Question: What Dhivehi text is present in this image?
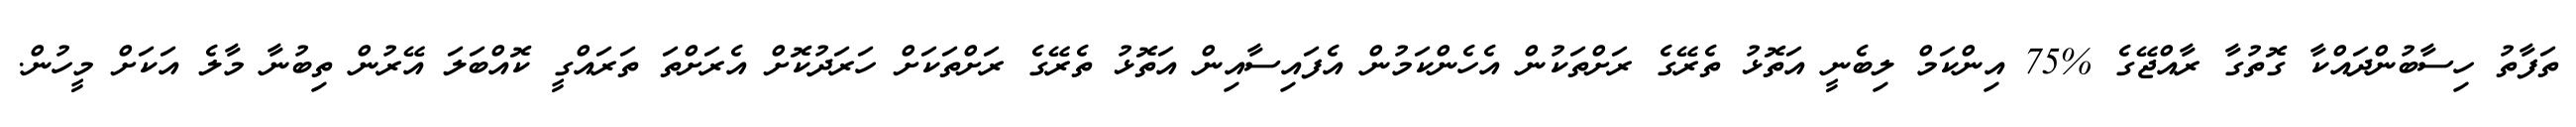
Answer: ތަފާތު ހިސާބުންދައްކާ ގޮތުގާ ރާއްޖޭގެ %75 އިންކަމް ލިބެނީ އަތޮޅު ތެރޭގެ ރަށްތަކުން އެހެންކަމުން އެފައިސާއިން އަތޮޅު ތެރޭގެ ރަށްތަކަށް ހަރަދުކޮށް އެރަށްތަ ތަރައްގީ ކޮއްބަލަ އޭރުން ތިބުނާ މާލެ އަކަށް މީހުން.